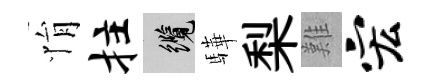
悁拄纜驊梨難宏